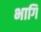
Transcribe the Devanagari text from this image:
भागि